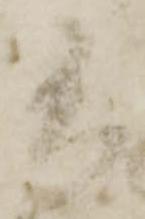
矢